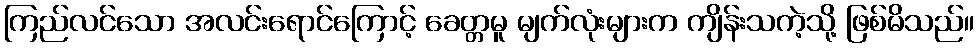
ကြည်လင်သော အလင်းရောင်ကြောင့် ခေတ္တမူ မျက်လုံးများက ကျိန်းသကဲ့သို့ ဖြစ်မိသည်။